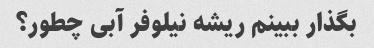
بگذار ببینم ریشه نیلوفر آبی چطور؟